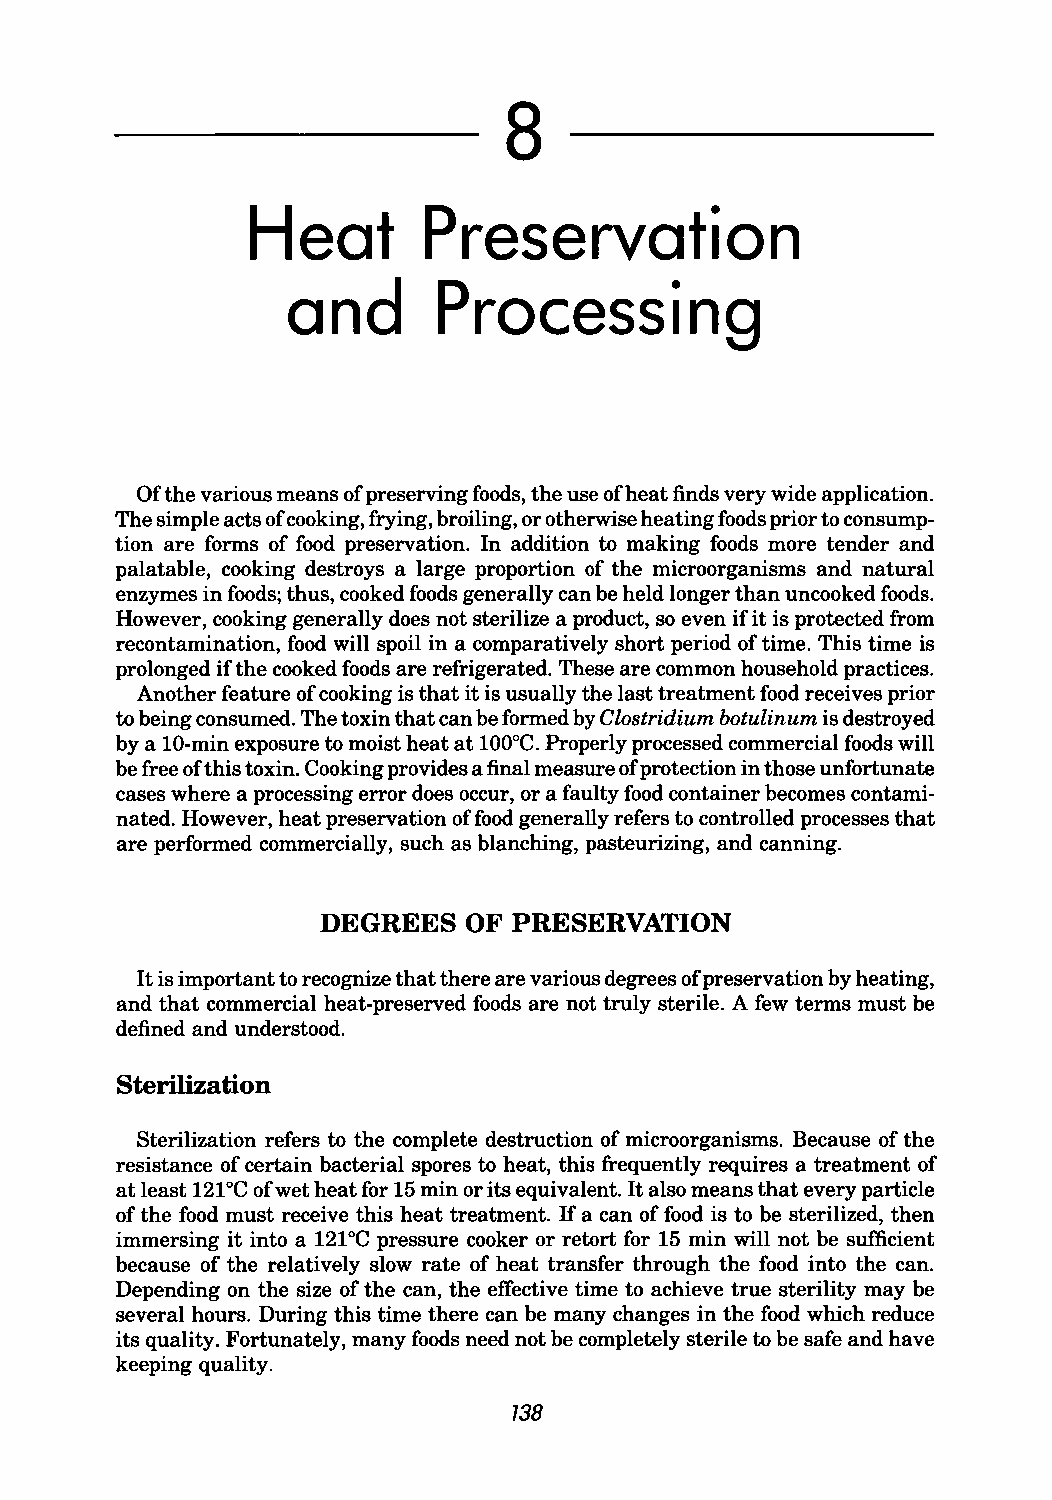
8
 Heat        Preservation
 and       Processi         ng
 Of the various means of preserving foods, the use of heat finds very wide application.
 The simple acts of cooking, frying, broiling, or otherwise heating foods prior to consump
 tion are forms of food preservation. In addition to making foods more tender and
 palatable, cooking destroys a large proportion of the microorganisms and natural
 enzymes in foods; thus, cooked foods generally can be held longer than uncooked foods.
 However, cooking generally does not sterilize a product, so even if it is protected from
 recontamination, food will spoil in a comparatively short period of time. This time is
 prolonged if the cooked foods are refrigerated. These are common household practices.
 Another feature of cooking is that it is usually the last treatment food receives prior
 to being consumed. The toxin that can be formed by Clostridium botulinum is destroyed
 by a 10-min exposure to moist heat at 100°C. Properly processed commercial foods will
 be free of this toxin. Cooking provides a final measure of protection in those unfortunate
 cases where a processing error does occur, or a faulty food container becomes contami
 nated. However, heat preservation of food generally refers to controlled processes that
 are performed commercially, such as blanching, pasteurizing, and canning.
 DEGREES   OF PRESERVATION
 It is important to recognize that there are various degrees of preservation by heating,
 and that commercial heat-preserved foods are not truly sterile. A few terms must be
 defined and understood.
 Sterilization
 Sterilization refers to the complete destruction of microorganisms. Because of the
 resistance of certain bacterial spores to heat, this frequently requires a treatment of
 at least 121°C of wet heat for 15 min or its equivalent. It also means that every particle
 of the food must receive this heat treatment. If a can of food is to be sterilized, then
 immersing it into a 121°C pressure cooker or retort for 15 min will not be sufficient
 because of the relatively slow rate of heat transfer through the food into the can.
 Depending on the size of the can, the effective time to achieve true sterility may be
 several hours. During this time there can be many changes in the food which reduce
 its quality. Fortunately, many foods need not be completely sterile to be safe and have
 keeping quality.
 738